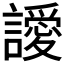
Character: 𮙀